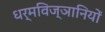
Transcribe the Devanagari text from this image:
धर्मविज्ञानियों